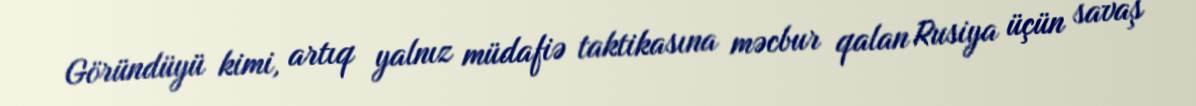
Göründüyü kimi, artıq yalnız müdafiə taktikasına məcbur qalan Rusiya üçün savaş